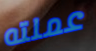
عملته